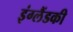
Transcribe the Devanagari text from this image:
इंग्लैंडकी